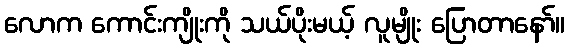
လောက ကောင်းကျိုးကို သယ်ပိုးမယ့် လူမျိုး ပြောတာနော်။